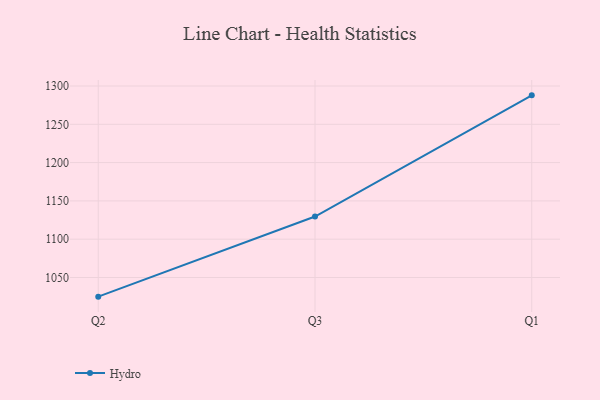
{"axis": {"x": "Quarter", "y": "Headcount"}, "legend": ["Hydro"], "data": [{"x": "Q2", "y": 1025.0, "type": "Hydro"}, {"x": "Q3", "y": 1129.6, "type": "Hydro"}, {"x": "Q1", "y": 1287.8, "type": "Hydro"}]}